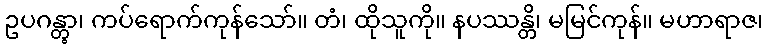
ဥပဂန္တွာ၊ ကပ်ရောက်ကုန်သော်။ တံ၊ ထိုသူကို။ နပဿန္တိ၊ မမြင်ကုန်။ မဟာရာဇ၊